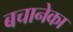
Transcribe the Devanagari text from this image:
बचानेका